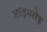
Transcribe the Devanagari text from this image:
तोड़मरोड़